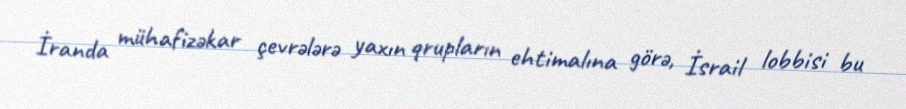
İranda mühafizəkar çevrələrə yaxın qrupların ehtimalına görə, İsrail lobbisi bu